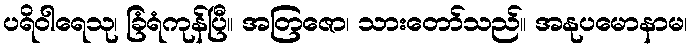
ပရိဝါရေသု၊ ခြံရံကုန်ပြီ။ အတြဇော၊ သားတော်သည်။ အနုပမောနာမ၊